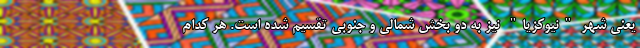
یعنی شهر "نیوکزیا" نیز به دو بخش شمالی و جنوبی تقسیم شده است. هر کدام